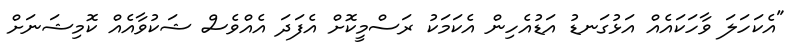
"އެކަހަލަ ވާހަކައެއް އަޅުގަނޑު އަޑުއެހިން އެކަމަކު ރަސްމީކޮށް އެފަދަ އެއްވެސް ޝަކުވާއެއް ކޮމިޝަނަށް